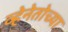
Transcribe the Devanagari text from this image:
व्हेनेतोच्या